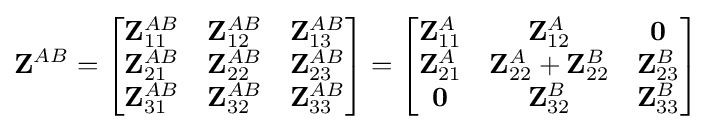
\mathbf {Z} ^{AB}={\begin{bmatrix}\mathbf {Z} _{11}^{AB}&\mathbf {Z} _{12}^{AB}&\mathbf {Z} _{13}^{AB}\\\mathbf {Z} _{21}^{AB}&\mathbf {Z} _{22}^{AB}&\mathbf {Z} _{23}^{AB}\\\mathbf {Z} _{31}^{AB}&\mathbf {Z} _{32}^{AB}&\mathbf {Z} _{33}^{AB}\end{bmatrix}}={\begin{bmatrix}\mathbf {Z} _{11}^{A}&\mathbf {Z} _{12}^{A}&\mathbf {0} \\\mathbf {Z} _{21}^{A}&\mathbf {Z} _{22}^{A}+\mathbf {Z} _{22}^{B}&\mathbf {Z} _{23}^{B}\\\mathbf {0} &\mathbf {Z} _{32}^{B}&\mathbf {Z} _{33}^{B}\end{bmatrix}}